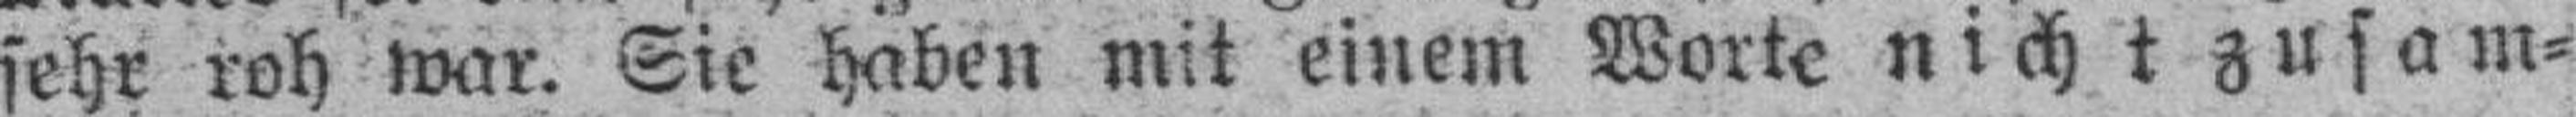
sehr roh war. Sie haben mit einem Worte nicht zusam¬